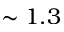
\sim 1 . 3